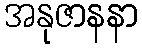
အနုဇာနနာ